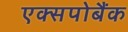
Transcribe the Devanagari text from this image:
एक्सपोबैंक